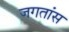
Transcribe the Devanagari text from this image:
जगतांस